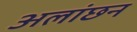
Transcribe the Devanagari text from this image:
अलांछन